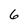
Character: 6